Civil Veterinary Department Bihar reports 1936-40 - 1936-1940
Year: 1936
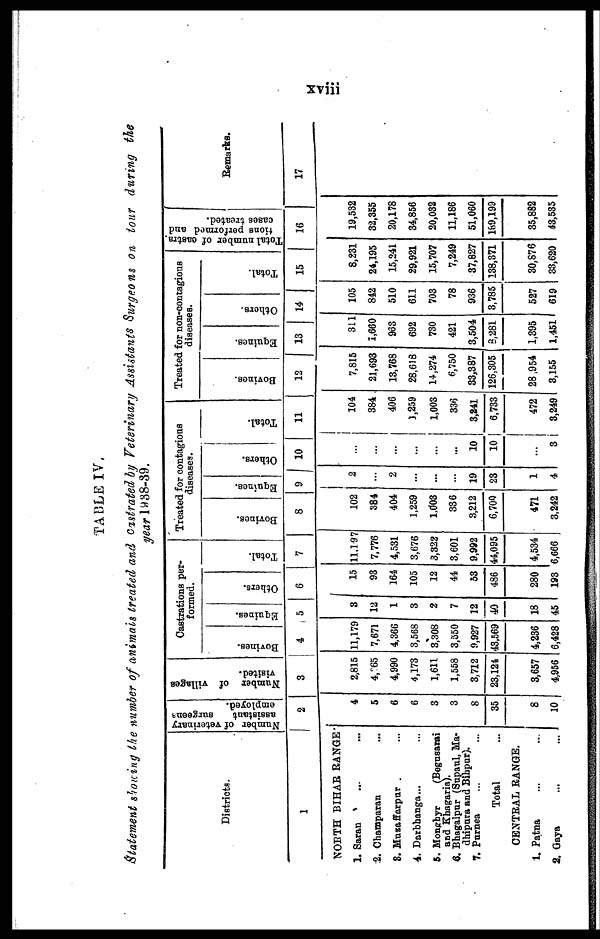
xviii
TABLE IV.
Statement showing the number of animals treated and castrated by Veterinary Assistants Surgeons on tour during the
year 1938-39.
Districts.
1
NORTH BIHAR RANGE
1. Saran ... ...
2. Champaran ...
8. Muzaffarpur ...
4. Darbhanga ... ...
5. Monghyr
(Begusarai
and Khagaria).
6. Bhagalpur (Supaul, Ma-
dhipura and Bihpur).
7. Purnea ... ...
Total ...
CENTRAL RANGE.
1. Patna ... ...
2. Gaya ... ...
Number of veterinary
assistant
surgeons
employed.
2
4
5
6
6
3
3
8
35
8
10
Number of villages
visited.
3
2,815
4,265
4,990
4,173
1,611
1,558
3,712
23,124
3,657
4,956
Castrations per-
formed.
Bovines.
4
11,179
7,671
4,366
3,568
3,308
3,550
9,927
43,569
4,236
6,428
Equines.
5
3
12
1
3
2
7
12
40
18
45
Others.
6
15
93
164
105
12
44
53
486
280
193
Total.
7
11,197
7,776
4,531
3,676
3,322
3,601
9,992
44,095
4,534
6,666
Treated for contagious
diseases.
Bovines.
8
102
384
404
1,259
1,003
336
3,212
6,700
471
3,242
Equines.
9
2
...
2
...
...
19
23
1
4
Others.
10
...
...
...
...
...
...
10
10
...
3
Total.
11
104
384
406
1,259
1,003
3,241
6,733
472
3,249
Treated for non-contagious
diseases.
Bovines.
12
7,815
21,693
13,768
28,638
14,274
6,750
33,387
126,305
28,954
3,155
Equines.
13
311
1,660
963
692
730
421
3,504
8,281
1,395
1,451
Others.
14
105
842
510
611
703
78
936
3,785
527
619
Total.
15
8,231
24,195
15,241
29,921
15,707
7,249
37,827
138,371
30,876
33,620
Total number of castra-
tions performed and
cases treated.
16
19,532
32,355
20,178
34,856
20,032
11,186
189,199
35,882
43,535
Remarks.
17